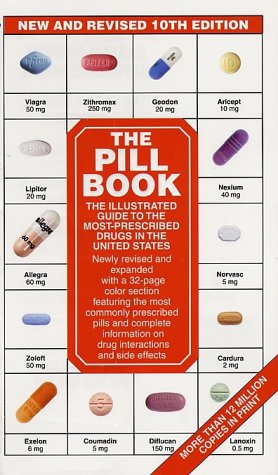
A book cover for The Pill Book  10th Edition: New and Revised (Pill Book (Mass Market Paper)); Harold M. Silverman; Medical Books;